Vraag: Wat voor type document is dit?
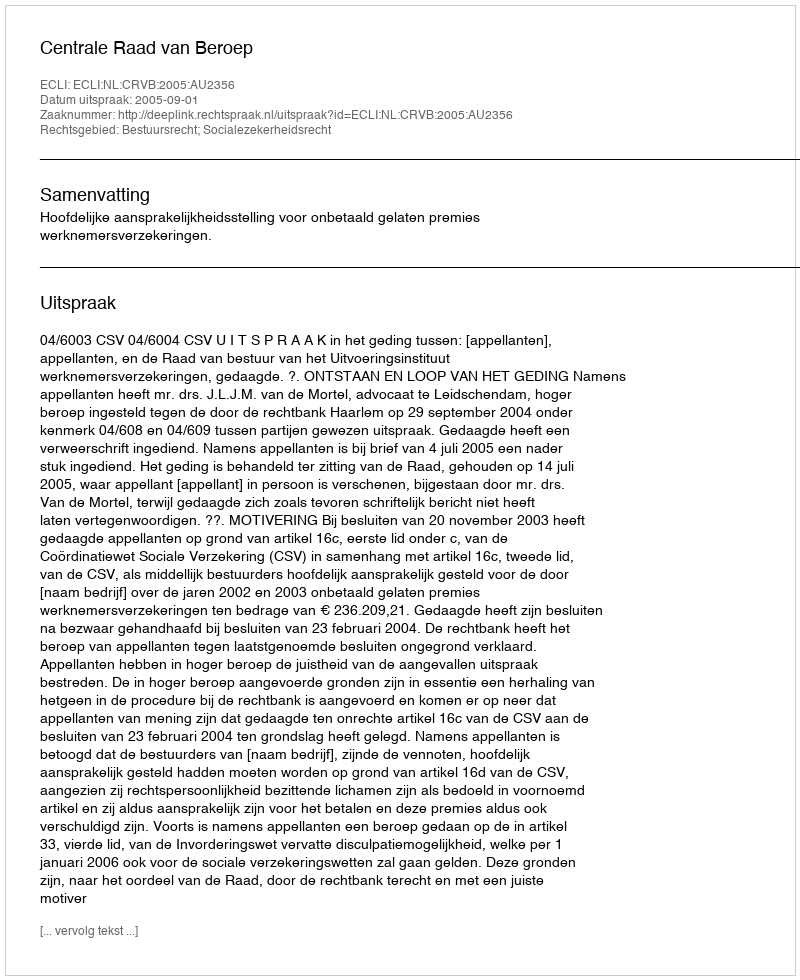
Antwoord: Uitspraak